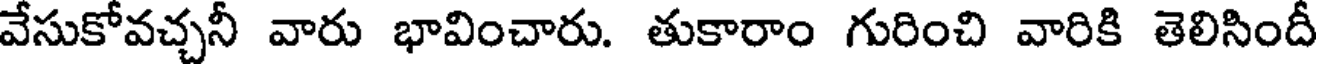
వేసుకోవచ్చనీ వారు భావించారు. తుకారాం గురించి వారికి తెలిసిందీ